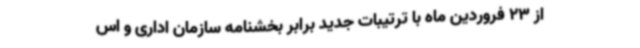
از 23 فروردین ماه با ترتیبات جدید برابر بخشنامه سازمان اداری و اس